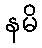
နမိ